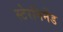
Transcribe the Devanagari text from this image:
स्टेरनिनेंड